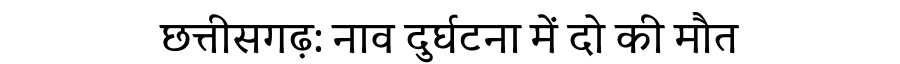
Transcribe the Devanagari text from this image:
छत्तीसगढ़: नाव दुर्घटना में दो की मौत